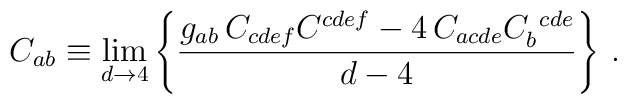
C_{ab} \equiv  \lim_{d\rightarrow 4} \left\{ {g_{ab}\, C_{cdef}C^{cdef} -4 \,C_{acde}C_b^{\ cde}\over d-4}\right\}\,.